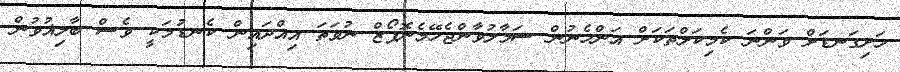
ހަށިގަނޑަށް ވަންނަ ކެމިކަލްތަކަށް އަންހެނުން ސަމާލުވާންޖެހޭމެނޮޕޯޒް ނުވަތަ އިއްދައިން ކެނޑުމަކީ ވެސް ބާލިޣުވުން